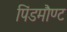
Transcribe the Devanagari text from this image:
पिंडमौण्ट